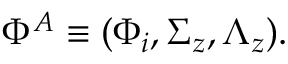
\Phi ^ { A } \equiv ( \Phi _ { i } , \Sigma _ { z } , \Lambda _ { z } ) .